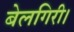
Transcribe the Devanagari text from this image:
बेलगिरी।